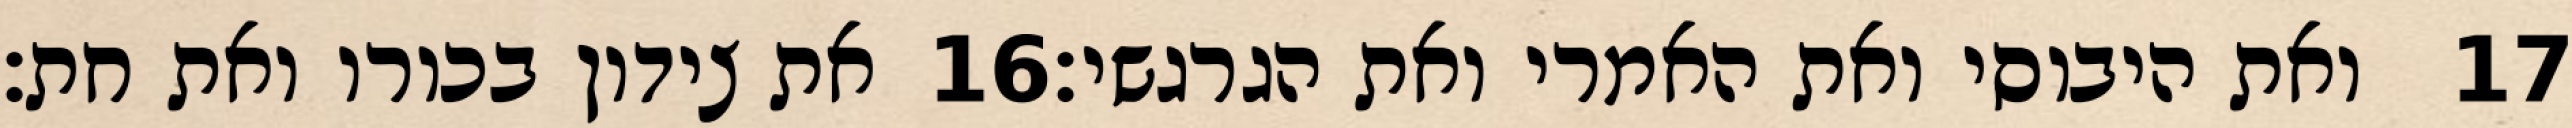
את צידון בכורו ואת חת׃ ‎16‏ ואת היבוסי ואת האמרי ואת הגרגשי׃ ‎17‏